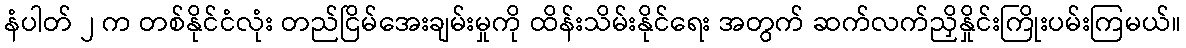
နံပါတ် ၂ က တစ်နိုင်ငံလုံး တည်ငြိမ်အေးချမ်းမှုကို ထိန်းသိမ်းနိုင်ရေး အတွက် ဆက်လက်ညှိနှိုင်းကြိုးပမ်းကြမယ်။